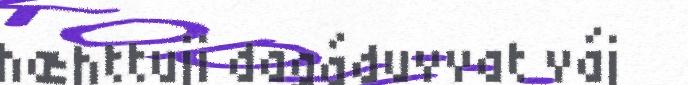
hæhttuji dagáduvvat váj